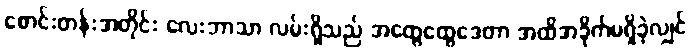
စောင်းတန်းအတိုင်း လေးဘာသာ လမ်းရှိသည် အထွေထွေဒေတာ အထိအခိုက်မရှိခဲ့လျှင်